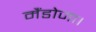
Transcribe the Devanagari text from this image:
मैंडोजा।